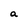
Character: a